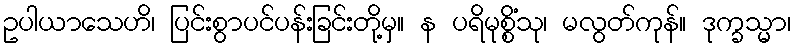
ဥပါယာသေဟိ၊ ပြင်းစွာပင်ပန်းခြင်းတို့မှ။ န ပရိမုစ္စိံသု၊ မလွတ်ကုန်။ ဒုက္ခသ္မာ၊